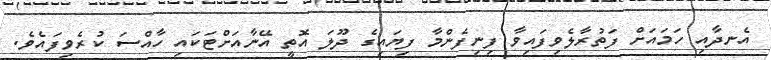
އެނދާއި ހަމައަށް ފަތުރާލެވިފައިވާ ފިނިފެންމާ ފިޔައިގެ ދޫލަ އޮތީ އޭނާއަށްޓަކައި ހާއްސަ ކުރެވިފައެވެ.